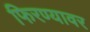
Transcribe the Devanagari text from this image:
फिरण्यावर